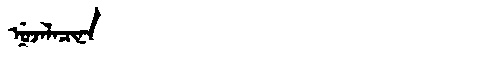
Manchu: ᠨᡠᠵᠠᠯᠠᠴᡳᠨᠠ
Romanization: NUJALACINA